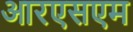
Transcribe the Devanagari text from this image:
आरएसएम